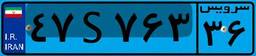
۴۷S۷۶۳۳۶